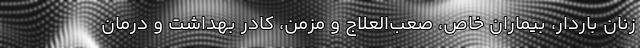
زنان باردار، بیماران خاص، صعب‌العلاج و مزمن، کادر بهداشت و درمان